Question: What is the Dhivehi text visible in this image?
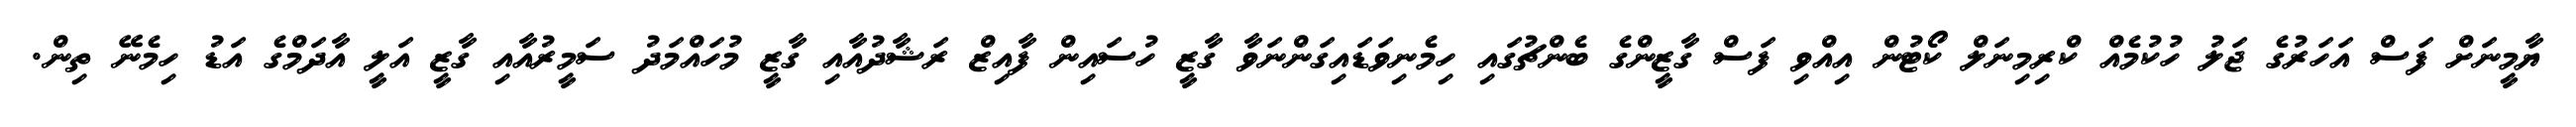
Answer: ޔާމީނަށް ފަސް އަހަރުގެ ޖަލު ހުކުމެއް ކްރިމިނަލް ކޯޓުން އިއްވި ފަސް ގާޒީންގެ ބެންޗުގައި ހިމެނިވަޑައިގަންނަވާ ގާޒީ ހުސައިން ފާއިޒް ރަޝާދުއާއި ގާޒީ މުހައްމަދު ސަމީރުއާއި ގާޒީ އަލީ އާދަމްގެ އަޑު ހިމެނޭ ތިން.